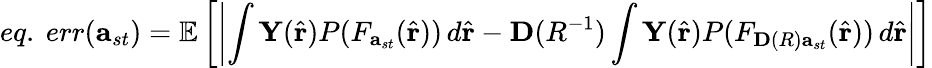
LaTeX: eq.\mathrm{~}err(\mathbf{a}_{st})=\mathbb{E}\left[\left|\int\mathbf{Y}(\hat{\mathbf{r}})P(F_{\mathbf{a}_{st}}(\hat{\mathbf{r}}))\, d\hat{\mathbf{r}}-\mathbf{D}(R^{-1})\int\mathbf{Y}(\hat{\mathbf{r}})P(F_{\mathbf{D}(R)\mathbf{a}_{st}}(\hat{\mathbf{r}}))\, d\hat{\mathbf{r}}\right|\right]